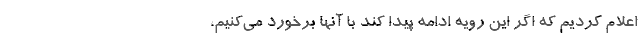
اعلام کردیم که اگر این رویه ادامه پیدا کند با آنها برخورد می‌کنیم،